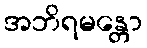
အဘိရမန္တော